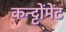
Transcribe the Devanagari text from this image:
कन्ट्टोंमेंट